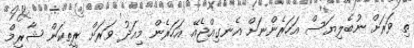
ތި ވަރަށް ނުބެލިޔަސް އަހަރެންނަށް އެނގިއްޖެއޭ އަހަރެން މިއަދު ވަރަށް ރީތިކަން ޝާރިމް